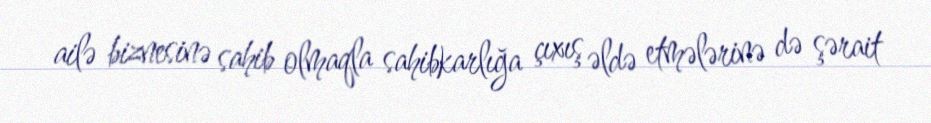
ailə biznesinə sahib olmaqla sahibkarlığa çıxış əldə etmələrinə də şərait